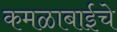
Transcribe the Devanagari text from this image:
कमळाबाईचे